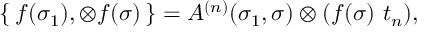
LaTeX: \{ \, f ( \sigma _ { 1 } ) , \otimes f ( \sigma ) \, \} = A ^ { ( n ) } ( \sigma _ { 1 } , \sigma ) \otimes ( f ( \sigma ) \, \, t _ { n } ) ,